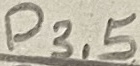
Text: P3.5